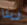
ريتا